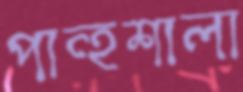
পান্হশালা